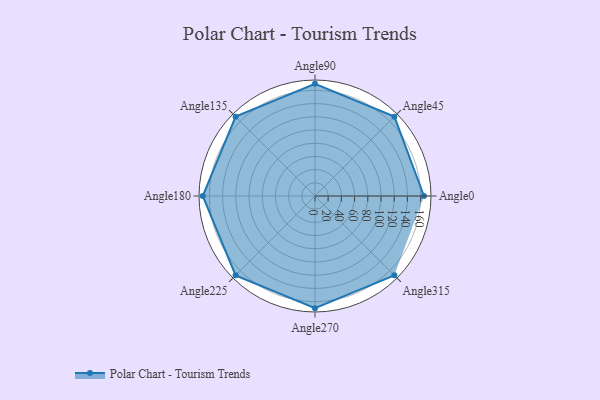
{"axis": {"x": "Angle", "y": "Radius"}, "legend": [""], "data": [{"x": "Angle0", "y": 165.0, "type": ""}, {"x": "Angle45", "y": 170.0, "type": ""}, {"x": "Angle90", "y": 170, "type": ""}, {"x": "Angle135", "y": 170.0, "type": ""}, {"x": "Angle180", "y": 170, "type": ""}, {"x": "Angle225", "y": 170, "type": ""}, {"x": "Angle270", "y": 170, "type": ""}, {"x": "Angle315", "y": 170, "type": ""}]}